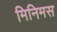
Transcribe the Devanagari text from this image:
मिनिमस